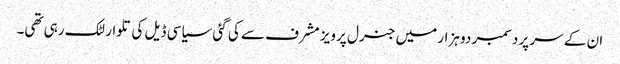
ان کے سر پر دسمبر دو ہزار میں جنرل پرویز مشرف سے کی گئی سیاسی ڈیل کی تلوار لٹک رہی تھی۔